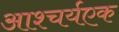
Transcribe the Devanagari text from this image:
आश्चर्यएक